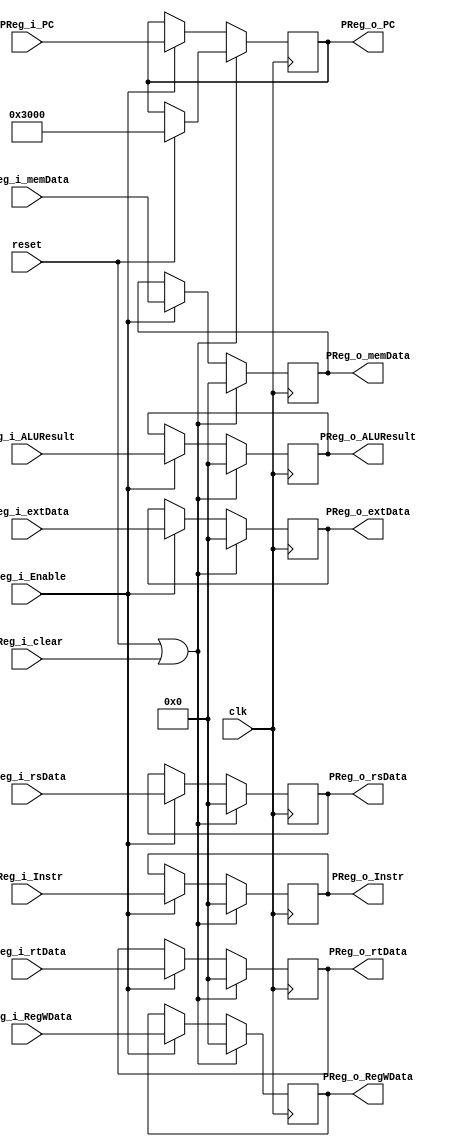
`timescale 1ns / 1ps
//////////////////////////////////////////////////////////////////////////////////
// Company: 
// Engineer: 
// 
// Design Name: 
// Module Name:    PReg 
// Project Name: 
// Target Devices: 
// Tool versions: 
// Description: 
//
// Dependencies: 
//
// Revision: 
// Revision 0.01 - File Created
// Additional Comments: 
//
//////////////////////////////////////////////////////////////////////////////////
module PReg(
    input clk,
    input reset,
    input PReg_i_clear,
    input PReg_i_Enable,
    input [31:0] PReg_i_Instr,
    input [31:0] PReg_i_PC,
    input [31:0] PReg_i_rsData,
    input [31:0] PReg_i_rtData,
    input [31:0] PReg_i_extData,
    input [31:0] PReg_i_ALUResult,
    input [31:0] PReg_i_memData,
    input [31:0] PReg_i_RegWData,
    output [31:0] PReg_o_Instr,
    output [31:0] PReg_o_PC,
    output [31:0] PReg_o_rsData,
    output [31:0] PReg_o_rtData,
    output [31:0] PReg_o_extData,
    output [31:0] PReg_o_ALUResult,
    output [31:0] PReg_o_memData,
    output [31:0] PReg_o_RegWData
    );

    reg [31:0] PReg_Instr = 32'b0;
    reg [31:0] PReg_PC = 32'h3000;
    reg [31:0] PReg_rsData = 32'b0;
    reg [31:0] PReg_rtData = 32'b0;
    reg [31:0] PReg_extData = 32'b0;
    reg [31:0] PReg_ALUResult = 32'b0;
    reg [31:0] PReg_memData = 32'b0;
    reg [31:0] PReg_RegWData = 32'b0;

    always @(posedge clk ) begin
        if(reset || PReg_i_clear) begin
            PReg_Instr <= 32'b0;
            PReg_PC <= reset?32'h3000:PReg_PC;  // useless maybe, but can help debug
            PReg_rsData <= 32'b0;
            PReg_rtData <= 32'b0;
            PReg_extData <= 32'b0;
            PReg_ALUResult <= 32'b0;
            PReg_memData <= 32'b0;
            PReg_RegWData <= 32'b0;
        end
        else if(PReg_i_Enable) begin
            PReg_Instr <= PReg_i_Instr;
            PReg_PC <= PReg_i_PC;
            PReg_rsData <= PReg_i_rsData;
            PReg_rtData <= PReg_i_rtData;
            PReg_extData <= PReg_i_extData;
            PReg_ALUResult <= PReg_i_ALUResult;
            PReg_memData <= PReg_i_memData;
            PReg_RegWData <= PReg_i_RegWData;
        end
    end

    assign PReg_o_Instr = PReg_Instr;
    assign PReg_o_PC = PReg_PC;
    assign PReg_o_rsData = PReg_rsData;
    assign PReg_o_rtData = PReg_rtData;
    assign PReg_o_extData = PReg_extData;
    assign PReg_o_ALUResult = PReg_ALUResult;
    assign PReg_o_memData = PReg_memData;
    assign PReg_o_RegWData = PReg_RegWData;


endmodule